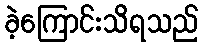
ခဲ့ကြောင်းသိရသည်